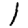
Digit: 1